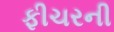
ફીચરની